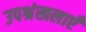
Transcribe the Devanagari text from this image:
उपश्रंखलाएँ